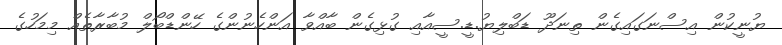
ޔުނީކުން އިސްނަގައިގެން ތިނަދޫ ޑަބްލިޔު.ޑީ.ސީއާއި ގުޅިގެން ބާއްވާ އަންހެނުންގެ ހޭންޑްބޯލް މުބާރާތެއް މިމަހުގެ